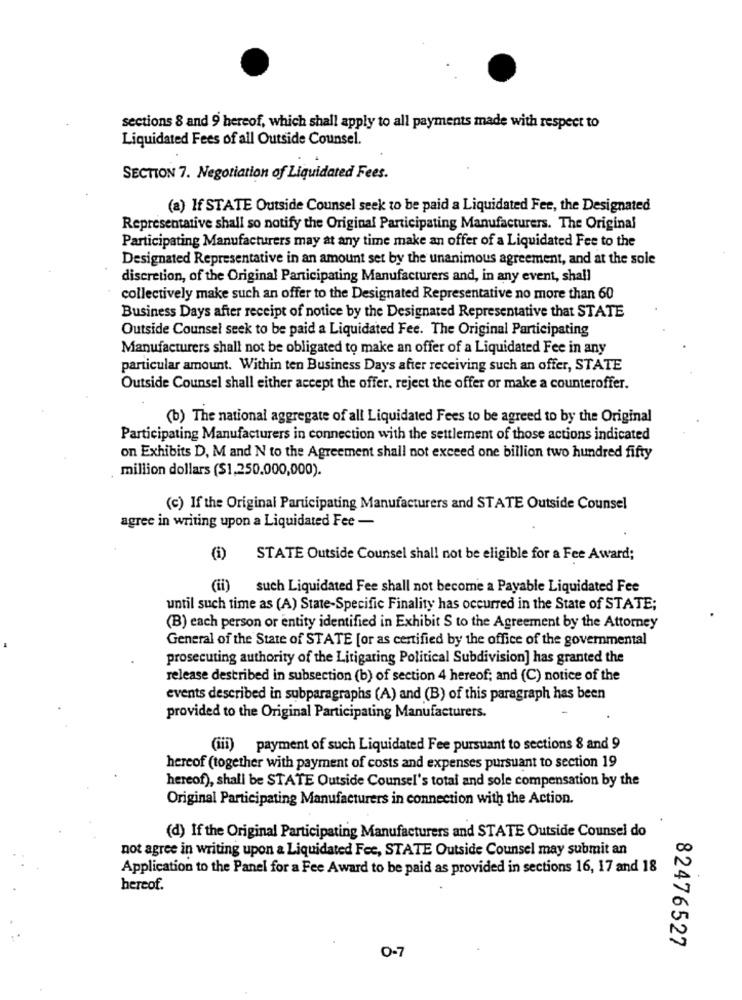
sections 8 and 9 hereof, which shall apply to all payments made with respect to
Liquidated Fees of all Outside Counsel.
SECTION 7. Negotiation of Liquidated Fees.
(a) If STATE Outside Counsel seek to be paid a Liquidated Fee, the Designated
Representative shall so notify the Original Participating Manufacturers. The Original
Participating Manufacturers may at any time make an offer of a Liquidated Fee to the
Designated Representative in an amount set by the unanimous agreement, and at the sole
discretion, of the Original Participating Manufacturers and, in any event, shall
collectively make such an offer to the Designated Representative no more than 60
Business Days after receipt of notice by the Designated Representative that STATE
Outside Counsel seek to be paid a Liquidated Fee. The Original Participating
Manufacturers shall not be obligated to make an offer of a Liquidated Fee in any
particular amount. Within ten Business Days after receiving such an offer, STATE
Outside Counsel shall either accept the offer, reject the offer or make a counteroffer.
(b) The national aggregate of all Liquidated Fees to be agreed to by the Original
Participating Manufacturers in connection with the settlement of those actions indicated
on Exhibits D, M and N to the Agreement shall not exceed one billion two hundred fifty
million dollars ($1,250.000,000).
(c) If the Original Participating Manufacturers and STATE Outside Counsel
agree in writing upon a Liquidated Fee -
(i)
STATE Outside Counsel shall not be eligible for a Fee Award;
(ii) such Liquidated Fee shall not become a Payable Liquidated Fee
until such time as (A) State-Specific Finality has occurred in the State of STATE;
(B) each person or entity identified in Exhibit S to the Agreement by the Attorney
General of the State of STATE [or as certified by the office of the governmental
prosecuting authority of the Litigating Political Subdivision] has granted the
release described in subsection (b) of section 4 hereof; and (C) notice of the
events described in subparagraphs (A) and (B) of this paragraph has been
provided to the Original Participating Manufacturers.
(iii) payment of such Liquidated Fee pursuant to sections 8 and 9
hereof (together with payment of costs and expenses pursuant to section 19
hereof), shall be STATE Outside Counsel's total and sole compensation by the
Original Participating Manufacturers in connection with the Action.
(d) If the Original Participating Manufacturers and STATE Outside Counsel do
not agree in writing upon a Liquidated Fee, STATE Outside Counsel may submit an
Application to the Panel for a Fee Award to be paid as provided in sections 16, 17 and 18
hereof.
82476527
O-7